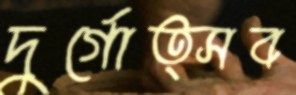
দুর্গোত্সব